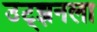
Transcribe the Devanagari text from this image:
उट्झनला